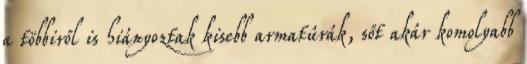
a többiről is hiányoztak kisebb armatúrák, sőt akár komolyabb